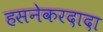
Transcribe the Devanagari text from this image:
हसनेकरदादा